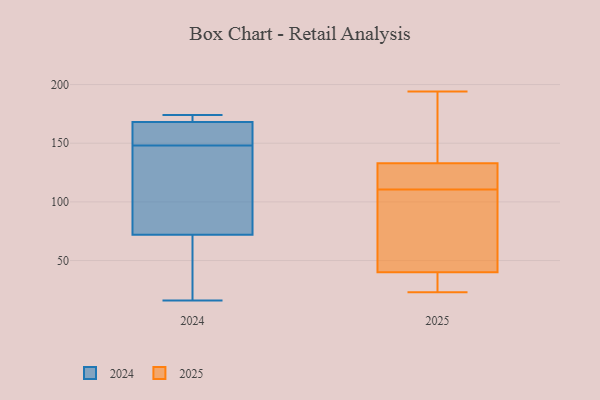
{"axis": {"x": "Revenue (USD Million)", "y": "Value"}, "legend": ["2024", "2025"], "data": [{"x": "", "y": 119, "type": "2024"}, {"x": "", "y": 20, "type": "2024"}, {"x": "", "y": 174, "type": "2024"}, {"x": "", "y": 149, "type": "2024"}, {"x": "", "y": 147, "type": "2024"}, {"x": "", "y": 44, "type": "2024"}, {"x": "", "y": 100, "type": "2024"}, {"x": "", "y": 16, "type": "2024"}, {"x": "", "y": 172, "type": "2024"}, {"x": "", "y": 165, "type": "2024"}, {"x": "", "y": 171, "type": "2024"}, {"x": "", "y": 160, "type": "2024"}, {"x": "", "y": 138, "type": "2025"}, {"x": "", "y": 188, "type": "2025"}, {"x": "", "y": 118, "type": "2025"}, {"x": "", "y": 31, "type": "2025"}, {"x": "", "y": 23, "type": "2025"}, {"x": "", "y": 127, "type": "2025"}, {"x": "", "y": 88, "type": "2025"}, {"x": "", "y": 105, "type": "2025"}, {"x": "", "y": 135, "type": "2025"}, {"x": "", "y": 194, "type": "2025"}, {"x": "", "y": 127, "type": "2025"}, {"x": "", "y": 60, "type": "2025"}, {"x": "", "y": 29, "type": "2025"}, {"x": "", "y": 133, "type": "2025"}, {"x": "", "y": 35, "type": "2025"}, {"x": "", "y": 100, "type": "2025"}, {"x": "", "y": 40, "type": "2025"}, {"x": "", "y": 116, "type": "2025"}]}